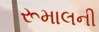
રૂમાલની